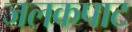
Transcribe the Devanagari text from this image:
जलकपाट